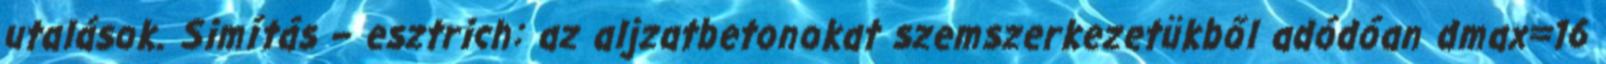
utalások. Simítás – esztrich: az aljzatbetonokat szemszerkezetükből adódóan dmax=16